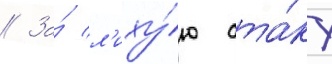
// За́ л'иху́ю ата́ку